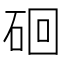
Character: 硘